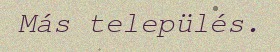
Más település.